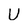
Character: U